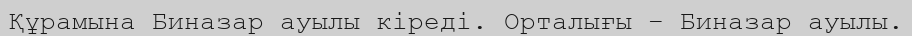
Құрамына Биназар ауылы кіреді. Орталығы – Биназар ауылы.